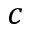
c